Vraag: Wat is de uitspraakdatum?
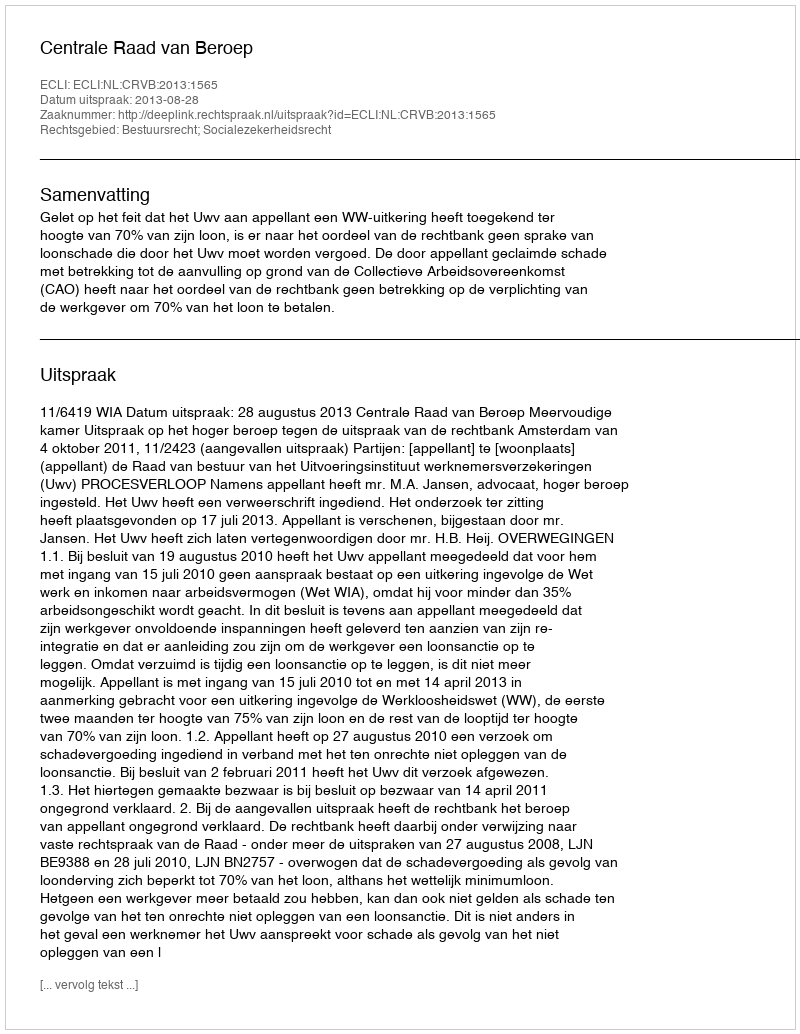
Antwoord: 2013-08-28